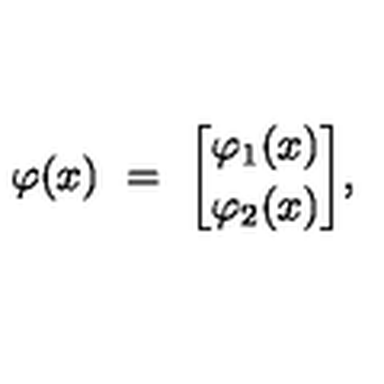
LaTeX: \varphi ( x ) \ = \ { \varphi _ { 1 } ( x ) \brack \varphi _ { 2 } ( x ) } ,